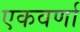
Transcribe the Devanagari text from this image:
एकवर्णा